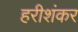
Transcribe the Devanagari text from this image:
हरीशंकर